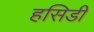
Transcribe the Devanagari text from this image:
हसिडी